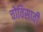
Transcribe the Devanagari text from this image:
चोविसावी